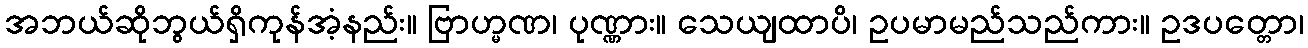
အဘယ်ဆိုဘွယ်ရှိကုန်အံ့နည်း။ ဗြာဟ္မဏ၊ ပုဏ္ဏား။ သေယျထာပိ၊ ဥပမာမည်သည်ကား။ ဥဒပတ္တော၊